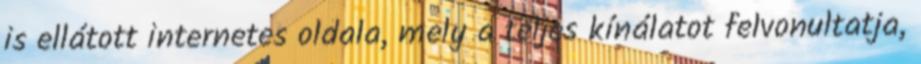
is ellátott internetes oldala, mely a teljes kínálatot felvonultatja,